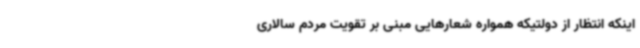
اینکه انتظار از دولتیکه همواره شعارهایی مبنی بر تقویت مردم سالاری